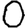
Digit: 0